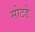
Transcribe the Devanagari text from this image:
सोटडे